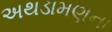
અથડામણના